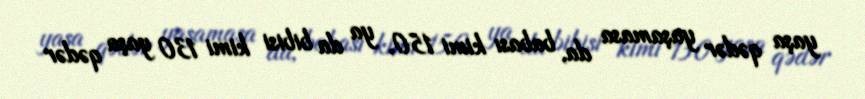
yaşa qədər yaşamasa da, babası kimi 150, ya da bibisi kimi 130 yaşa qədər